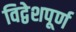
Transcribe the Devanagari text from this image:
विद्वेशपूर्ण